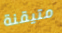
متيقنة